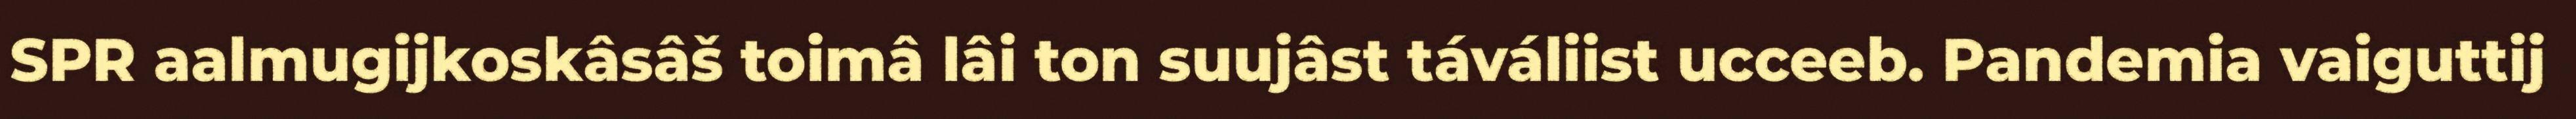
SPR aalmugijkoskâsâš toimâ lâi ton suujâst táváliist ucceeb. Pandemia vaiguttij